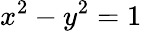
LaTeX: x^{2}-y^{2}=1